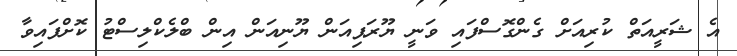
އެ ޝަރީއަތް ކުރިއަށް ގެންގޮސްފައި ވަނީ ޔޫރަޕިއަން ޔޫނިއަން އިން ބްލެކްލިސްޓު ކޮށްފައިވާ